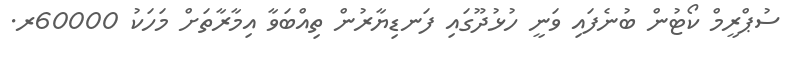
ސުޕްރީމް ކޯޓުން ބުނެފައި ވަނީ ހުޅުދޫގައި ފަނޑިޔާރުން ތިއްބަވާ އިމާރާތަށް މަހަކު 60000ރ.